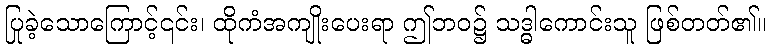
ပြုခဲ့သောကြောင့်၎င်း၊ ထိုကံအကျိုးပေးရာ ဤဘဝ၌ သဒ္ဓါကောင်းသူ ဖြစ်တတ်၏။